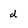
Character: d